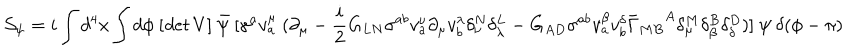
{ \cal S } _ { \psi } = i \int d ^ { 4 } x \int d \phi ~ [ { \it d e t } ~ V ] ~ \bar { \psi } ~ [ \gamma ^ { a } v _ { a } ^ { \mu } ~ ( \partial _ { \mu } - \frac { i } { 2 } G _ { L N } \sigma ^ { a b } v _ { a } ^ { \nu } \partial _ { \mu } v _ { b } ^ { \lambda } \delta _ { \nu } ^ { N } \delta _ { \lambda } ^ { L } - G _ { A D } \sigma ^ { a b } v _ { a } ^ { \beta } v _ { b } ^ { \delta } { \bar { \Gamma } _ { M B } } ^ { A } \delta _ { \mu } ^ { M } \delta _ { \beta } ^ { B } \delta _ { \delta } ^ { D } ) ] ~ \psi ~ \delta ( \phi - \pi )